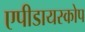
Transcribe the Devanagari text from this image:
एपीडायस्कोप